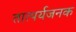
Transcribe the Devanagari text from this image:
तात्पर्यजनक